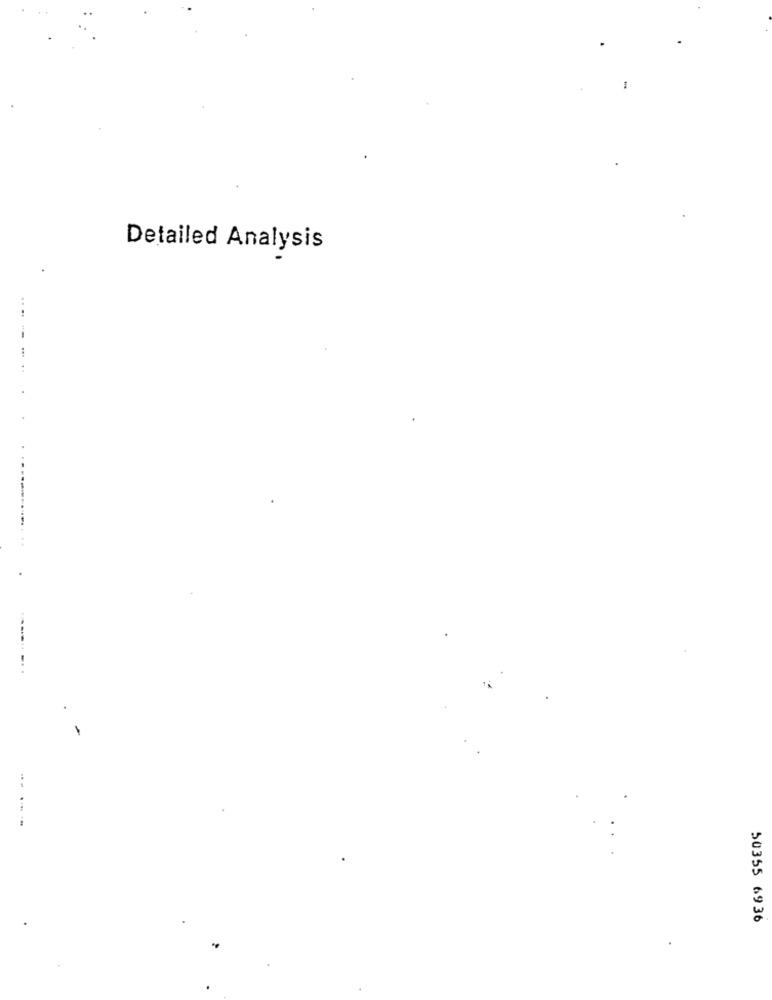
Detailed Analysis
..
.......
50355 6936